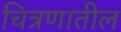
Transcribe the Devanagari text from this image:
चित्रणातील